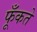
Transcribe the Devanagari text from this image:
फूँकते